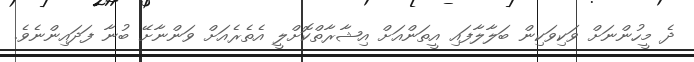
ދެ މީހުންނަށް ވަކިވަކިން ބަލާލާފައި އީތަންއަށް އިޝާރާތްކޮށްލީ އެތެރެއަށް ވަންނާށޭ ބުނާ ފަދައިންނެވެ.